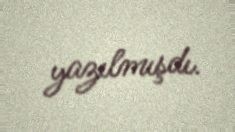
yazılmışdı.